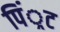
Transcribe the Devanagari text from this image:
पिं्रट